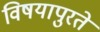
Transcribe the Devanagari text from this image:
विषयापुरते